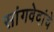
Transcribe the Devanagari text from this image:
सांगवेदांचे